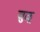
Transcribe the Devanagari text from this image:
जुळू